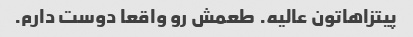
پیتزاهاتون عالیه. طعمش رو واقعا دوست دارم.